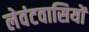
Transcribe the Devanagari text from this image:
लेवंटवासियों